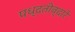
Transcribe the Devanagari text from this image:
पध्दतीव्दारे